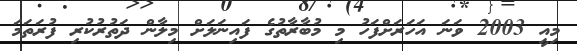
މިއީ 2003 ވަނަ އަހަރަށްފަހު މި މުބާރާތުގެ ފައިނަލަށް މިލާން ދަތުރުކުރި ފުރަތަމަ